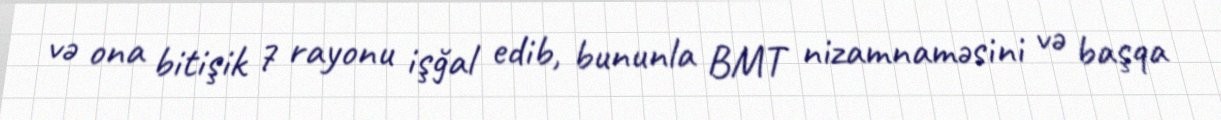
və ona bitişik 7 rayonu işğal edib, bununla BMT nizamnaməsini və başqa